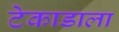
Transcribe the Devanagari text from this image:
टेकाडाला